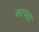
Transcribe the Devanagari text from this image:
काच्या